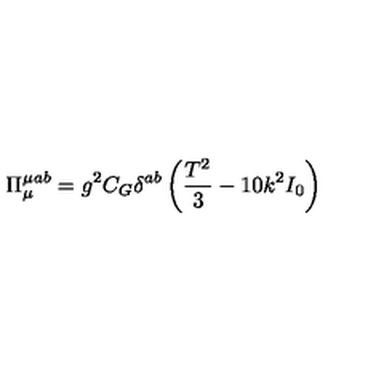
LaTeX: \Pi _ { \mu } ^ { \mu a b } = g ^ { 2 } C _ { G } \delta ^ { a b } \left( \frac { T ^ { 2 } } { 3 } - 1 0 k ^ { 2 } I _ { 0 } \right)